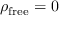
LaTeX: \rho _ { \mathrm { f r e e } } = 0